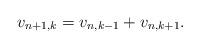
LaTeX: \begin{align*} v_{n+1, k} = v_{n,k-1} + v_{n,k+1}.\end{align*}